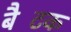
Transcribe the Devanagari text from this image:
बैटिंक